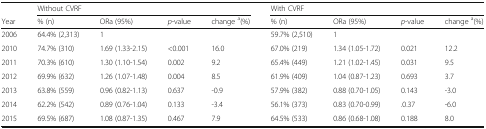
<table><thead><tr><td></td><td colspan="4"><b>Without CVRF</b></td><td colspan="4"><b>With CVRF</b></td></tr><tr><td><b>Year</b></td><td><b>% (n)</b></td><td><b>ORa (95%)</b></td><td><b><i>p</i>-value</b></td><td><b>change <sup>a</sup>(%)</b></td><td><b>% (n)</b></td><td><b>ORa (95%)</b></td><td><b><i>p</i>-value</b></td><td><b>change <sup>a</sup>(%)</b></td></tr></thead><tbody><tr><td>2006</td><td>64.4% (2,313)</td><td>1</td><td></td><td></td><td>59.7% (2,510)</td><td>1</td><td></td><td></td></tr><tr><td>2010</td><td>74.7% (310)</td><td>1.69 (1.33-2.15)</td><td>&lt;0.001</td><td>16.0</td><td>67.0% (219)</td><td>1.34 (1.05-1.72)</td><td>0.021</td><td>12.2</td></tr><tr><td>2011</td><td>70.3% (610)</td><td>1.30 (1.10-1.54)</td><td>0.002</td><td>9.2</td><td>65.4% (449)</td><td>1.21 (1.02-1.45)</td><td>0.031</td><td>9.5</td></tr><tr><td>2012</td><td>69.9% (632)</td><td>1.26 (1.07-1.48)</td><td>0.004</td><td>8.5</td><td>61.9% (409)</td><td>1.04 (0.87-1.23)</td><td>0.693</td><td>3.7</td></tr><tr><td>2013</td><td>63.8% (559)</td><td>0.96 (0.82-1.13)</td><td>0.637</td><td>-0.9</td><td>57.9% (382)</td><td>0.88 (0.70-1.05)</td><td>0.143</td><td>-3.0</td></tr><tr><td>2014</td><td>62.2% (542)</td><td>0.89 (0.76-1.04)</td><td>0.133</td><td>-3.4</td><td>56.1% (373)</td><td>0.83 (0.70-0.99)</td><td>.0.37</td><td>-6.0</td></tr><tr><td>2015</td><td>69.5% (687)</td><td>1.08 (0.87-1.35)</td><td>0.467</td><td>7.9</td><td>64.5% (533)</td><td>0.86 (0.68-1.08)</td><td>0.188</td><td>8.0</td></tr></tbody></table>